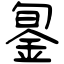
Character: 銞